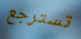
تسترجع